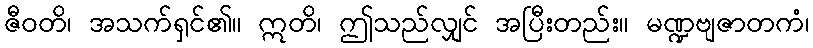
ဇီဝတိ၊ အသက်ရှင်၏။ ဣတိ၊ ဤသည်လျှင် အပြီးတည်း။ မဏ္ဍဗျဇာတကံ၊